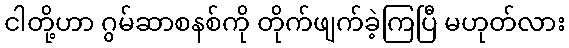
ငါတို့ဟာ ဂွမ်ဆာစနစ်ကို တိုက်ဖျက်ခဲ့ကြပြီ မဟုတ်လား